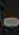
-